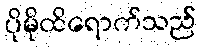
ပိုမိုထိရောက်သည်